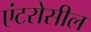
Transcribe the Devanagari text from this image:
एंटरोसील